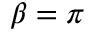
\beta = \pi